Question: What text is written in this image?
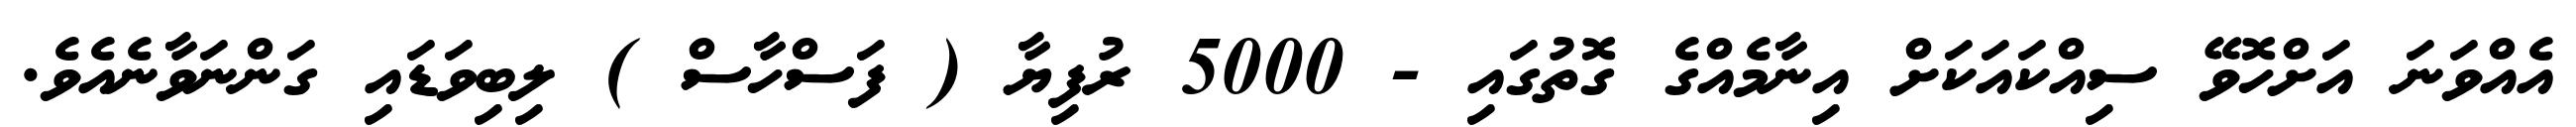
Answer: އެއްވަނަ އަށްހޮވޭ ސިއްކައަކަށް އިނާމެއްގެ ގޮތުގައި - 5000 ރުފިޔާ ( ފަސްހާސް ) ލިބިވަޑައި ގަންނަވާނެއެވެ.